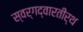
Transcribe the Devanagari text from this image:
स्वर्गद्वारतीर्थ